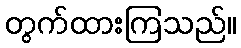
တွက်ထားကြသည်။